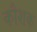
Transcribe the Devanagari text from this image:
कौशक